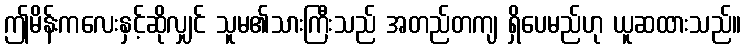
ဤမိန်းကလေးနှင့်ဆိုလျှင် သူမ၏သားကြီးသည် အတည်တကျ ရှိပေမည်ဟု ယူဆထားသည်။